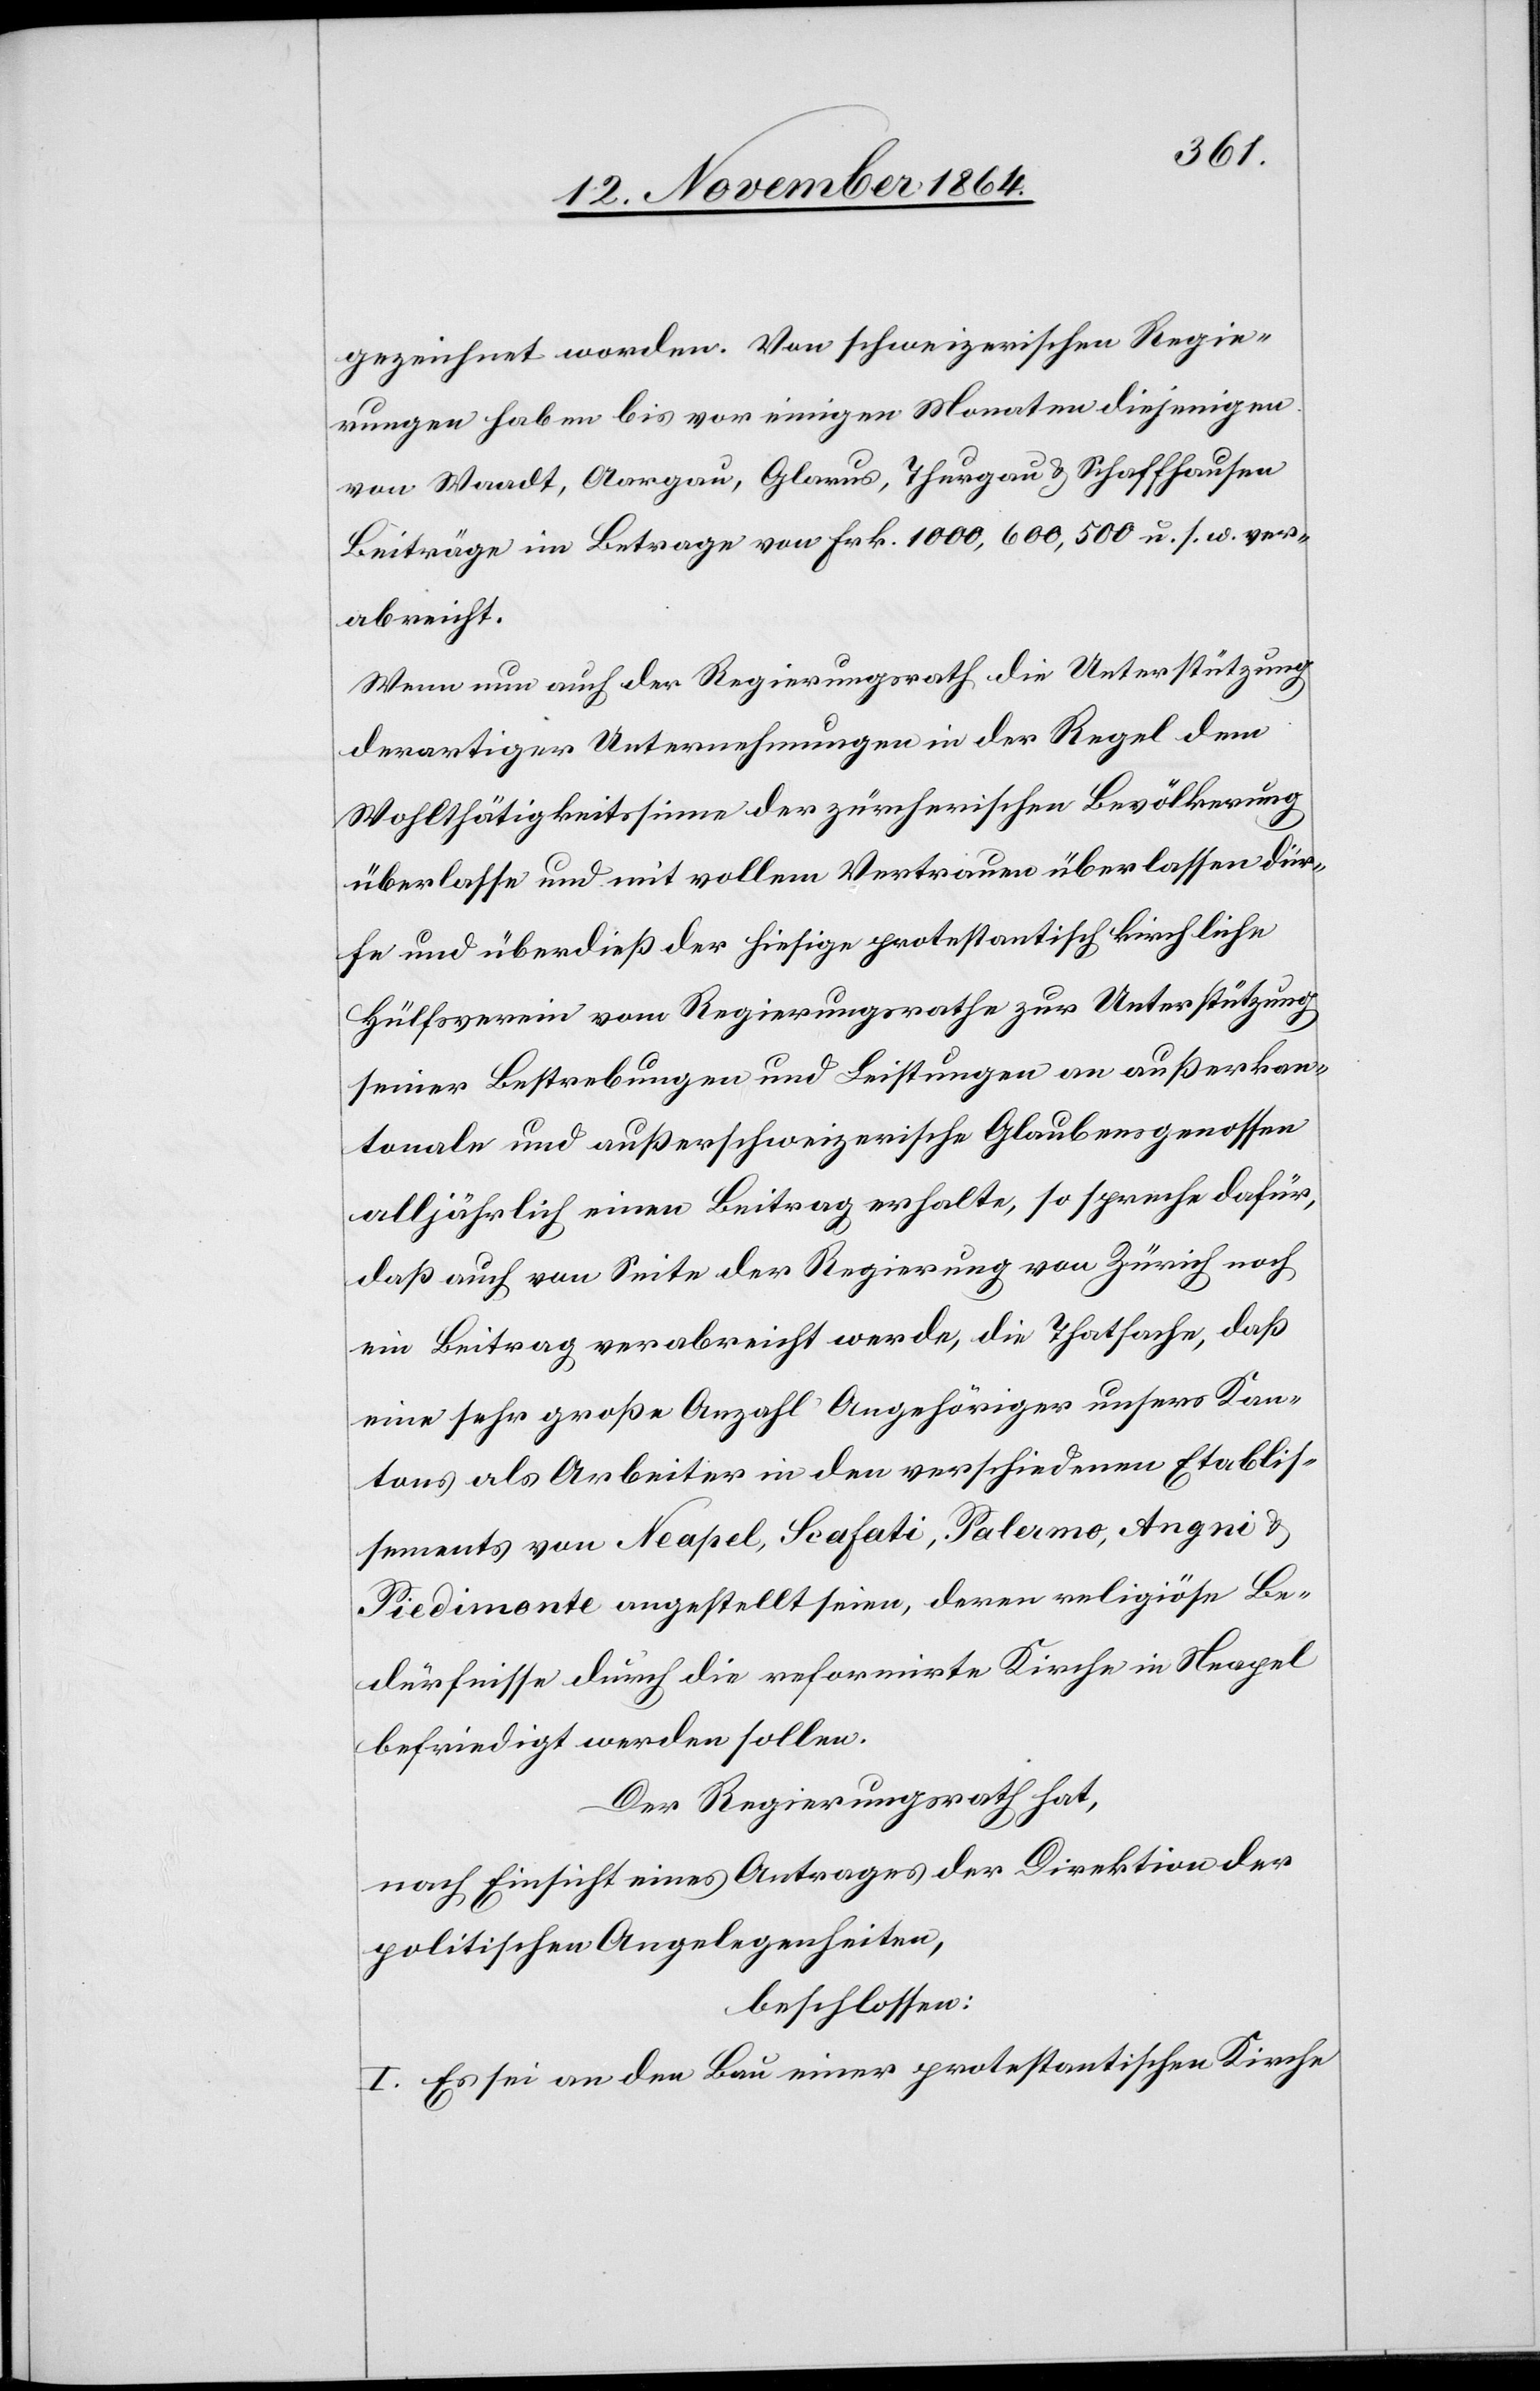
gezeichnet worden. Von schweizerischen Regie¬
rungen haben bis vor einigen Monaten diejenigen
von Waadt, Aargau, Glarus, Thurgau & Schaffhausen
Beiträge im Betrage von Frk. 1000, 600, 500 u. s. w. ver¬
abreicht.
Wenn nun auch der Regierungsrath die Unterstützung
derartiger Unternehmungen in der Regel dem
Wohlthätigkeitssinne der zürcherischen Bevölkerung
überlasse und mit vollem Vertrauen überlassen dür¬
fe und überdieß der hiesige protestantisch kirchliche
Hülfsverein vom Regierungsrathe zur Unterstützung
seiner Bestrebungen und Leistungen an außerkan¬
tonale und außerschweizerische Glaubensgenossen
alljährlich einen Beitrag erhalte, so spreche dafür,
daß auch von Seite der Regierung von Zürich noch
ein Beitrag verabreicht werde, die Thatsache, daß
eine sehr große Anzahl Angehöriger unsers Kan¬
tons als Arbeiter in den verschiedenen Etablis¬
sements von Neapel, Scafati, Palermo, Angni
Piedimonte angestellt seien, deren religiöse Be¬
dürfnisse durch die reformirte Kirche in Neapel
befriedigt werden sollen.
Der Regierungsrath hat,
nach Einsicht eines Antrages der Direktion der
politischen Angelegenheiten,
beschlossen:
I. Es sei an den Bau einer protestantischen Kirche